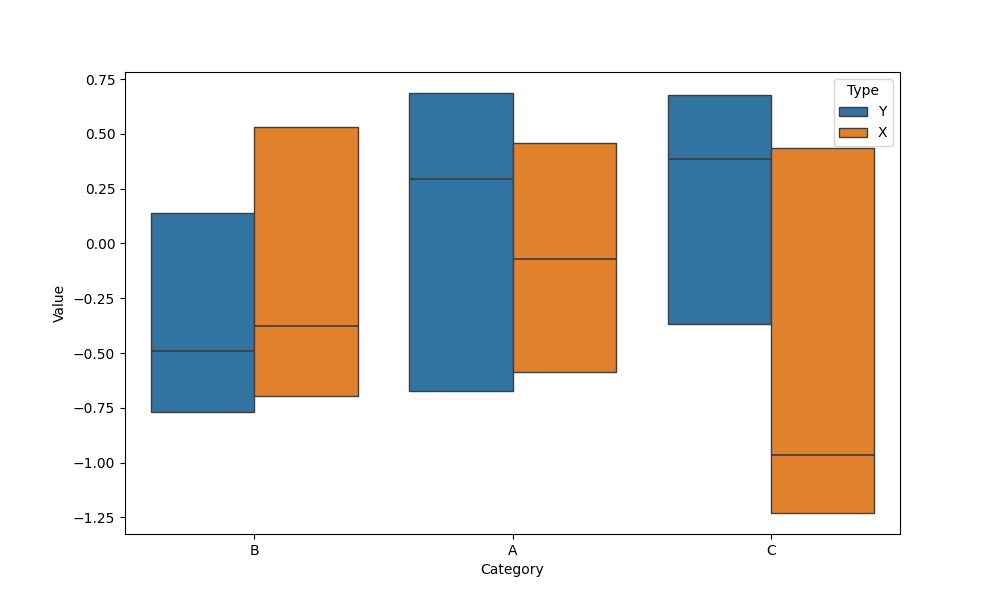
python, seaborn, boxenplot, k_depth='tukey', linewidth=1, scale='linear', outlier_prop=0.1, showfliers=False